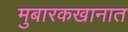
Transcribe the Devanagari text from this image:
मुबारकखानात